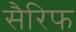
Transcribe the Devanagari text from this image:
सैरिफ